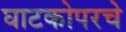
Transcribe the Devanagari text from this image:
घाटकोपरचे